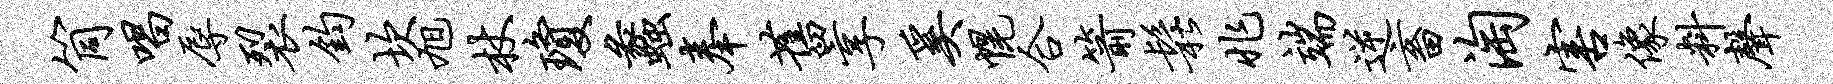
筒唱辱裂钧坎旭杖琼蠡奉旧享奚幌合箭松兆端逆畜淘害像料声